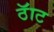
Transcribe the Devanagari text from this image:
ठॅाट